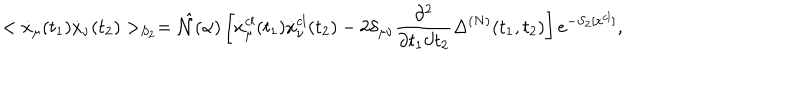
< \dot { x } _ { \mu } ( t _ { 1 } ) \dot { x } _ { \nu } ( t _ { 2 } ) > _ { S _ { 2 } } = \hat { { \cal N } } ( \alpha ) \left[ \dot { x } _ { \mu } ^ { c l } ( t _ { 1 } ) \dot { x } _ { \nu } ^ { c l } ( t _ { 2 } ) - 2 \delta _ { \mu \nu } \frac { \partial ^ { 2 } } { \partial t _ { 1 } \partial t _ { 2 } } \Delta ^ { ( N ) } ( t _ { 1 } , t _ { 2 } ) \right] e ^ { - S _ { 2 } [ x ^ { c l } ] } ,